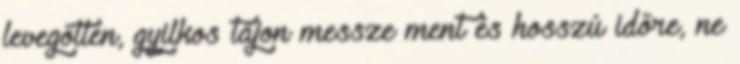
levegőtlen, gyilkos tájon messze ment és hosszú időre, ne